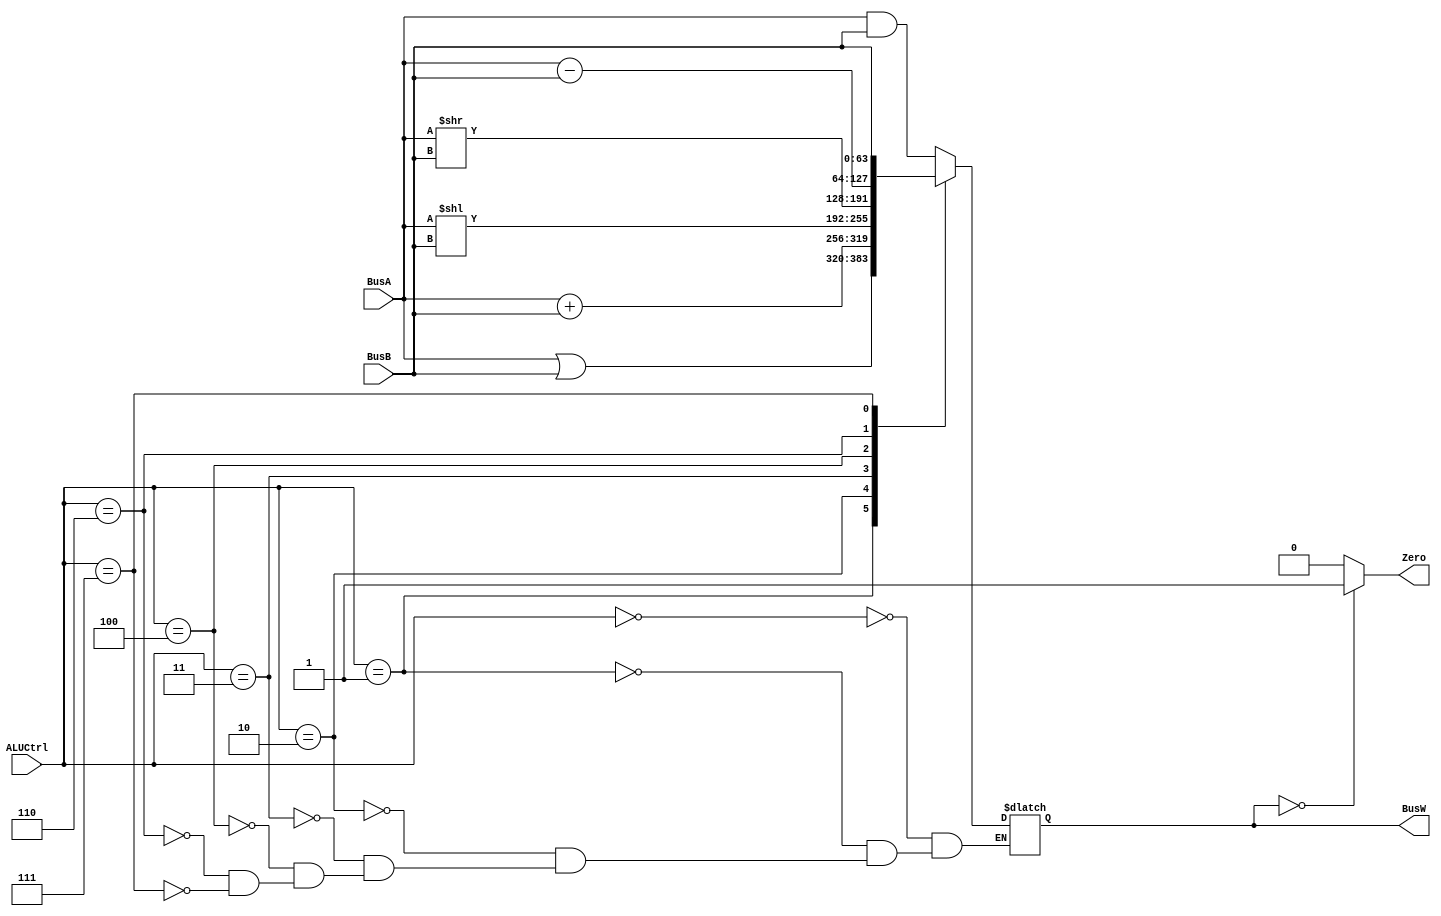
`timescale 1ns/1ps

`define AND1 4'b0000
`define OR1 4'b0001
`define ADD1 4'b0010
`define LSL1 4'b0011
`define LSR1 4'b0100
`define SUB1 4'b0110
`define PassB1 4'b0111


module ALU(BusW, Zero , BusA , BusB , ALUCtrl);
    
	//Input and output declaration
    parameter n = 63;
	
    output reg [n:0] BusW;
    input   [n:0] BusA, BusB;
    input   [3:0] ALUCtrl;
    output  reg Zero;
    
	//Behavioral clock
    always @(ALUCtrl or BusA or BusB) begin
       	case(ALUCtrl)
            	`AND1: begin
                	BusW = BusA&BusB;
            	end
            	`OR1: begin
                	BusW = BusA|BusB;
            	end
		`ADD1: begin
                	BusW = BusA+BusB;
            	end
		`LSL1: begin
                	BusW = BusA<<BusB;
            	end
		`LSR1: begin
                	BusW = BusA>>BusB;
            	end
		`SUB1: begin
                	BusW = BusA-BusB;
            	end
		`PassB1: begin
                	BusW = BusB;
            	end	
        endcase
    end
	
	always@(*)
	begin 
	if (BusW == 64'b0)
		Zero = 1'b1; 
	else 
		Zero =1'b0;
	end
	
endmodule